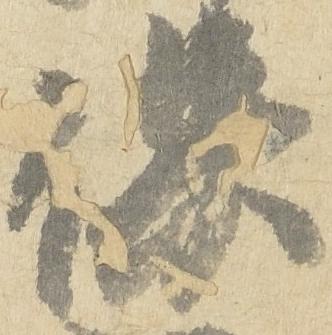
保